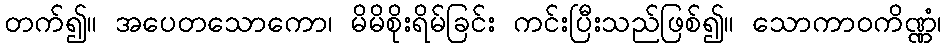
တက်၍။ အပေတသောကော၊ မိမိစိုးရိမ်ခြင်း ကင်းပြီးသည်ဖြစ်၍။ သောကာဝကိဏ္ဏံ၊